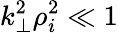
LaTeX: k_{\perp}^{2}\rho_{i}^{2}\ll 1